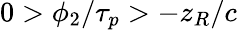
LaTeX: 0>\phi_{2}/\tau_{p}>-z_{R}/c